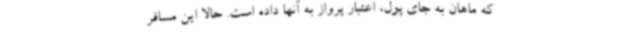
که ماهان به جای پول، اعتبار پرواز به آنها داده است. حالا این مسافر